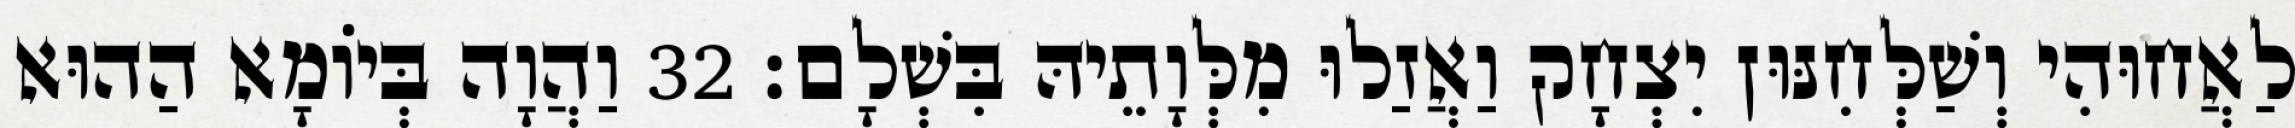
לַאֲחוּהִי וְשַׁלְּחִנּוּן יִצְחָק וַאֲזַלוּ מִלְּוָתֵיהּ בִּשְׁלָם׃ 32 וַהֲוָה בְּיוֹמָא הַהוּא